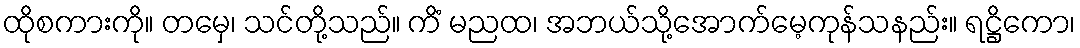
ထိုစကားကို။ တမှေ၊ သင်တို့သည်။ ကိံ မညထ၊ အဘယ်သို့အောက်မေ့ကုန်သနည်း။ ရဋ္ဌိကော၊